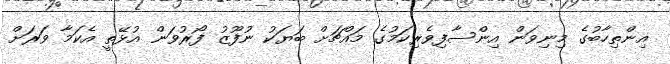
އިންތިހާބުގެ މިނިވަން އިންސާފިވެރިކަމުގެ މައްޗަށް ބަޔަކު ނުފޫޒު ފޯރުވަން އުޅޭތީ އެކަމާ ވަރަށް